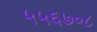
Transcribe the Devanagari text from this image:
५५६७०८